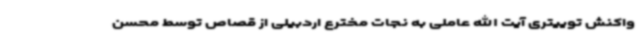
واکنش توییتری آیت الله عاملی به نجات مخترع اردبیلی از قصاص توسط محسن